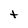
Character: t